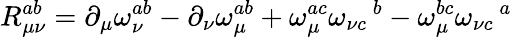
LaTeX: R_{\mu\nu}^{ab}=\partial_{\mu}\omega_{\nu}^{ab}-\partial_{\nu}\omega_{\mu}^{ab}+\omega_{\mu}^{ac}\omega_{\nu c}\, ^{b}-\omega_{\mu}^{bc}\omega_{\nu c}\, ^{a}